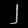
Digit: ၂